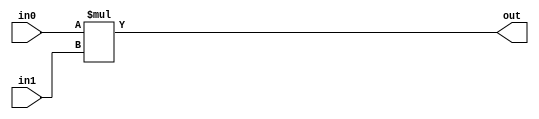
`timescale 1ns / 1ps
//////////////////////////////////////////////////////////////////////////////////

module inmultire(
        input [7:0] in0,
        input [7:0] in1,
        output [7:0] out 
    );
    assign out=in0*in1;
endmodule